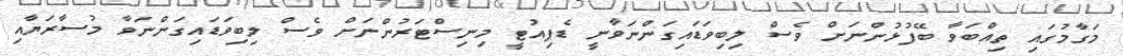
މަގާމުގައި ތިއްބަވާ ބޭފުޅުންނަށް ވެސް ލިބިވަޑައިގަންނަވާނީ ޑެޕިއުޓީ މިނިސްޓަރުންނަށް ވެސް ލިބިވަޑައިގަންނަވާ މުސާރަޔާއި